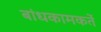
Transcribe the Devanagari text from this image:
बांधकामकर्ते